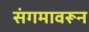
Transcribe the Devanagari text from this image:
संगमावरून